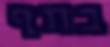
בתף